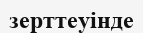
зерттеуінде